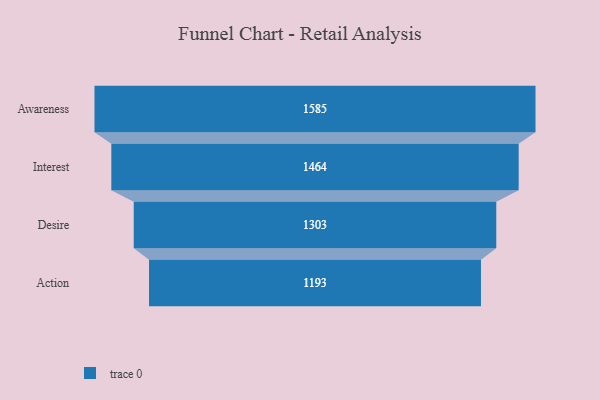
{"axis": {"x": "Stage", "y": "Value"}, "legend": [""], "data": [{"x": "Awareness", "y": 1585.0, "type": ""}, {"x": "Interest", "y": 1464.0, "type": ""}, {"x": "Desire", "y": 1303.0, "type": ""}, {"x": "Action", "y": 1193.0, "type": ""}]}